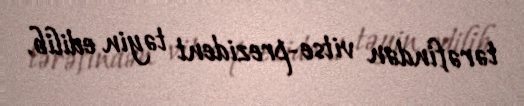
tərəfindən vitse-prezident təyin edilib.